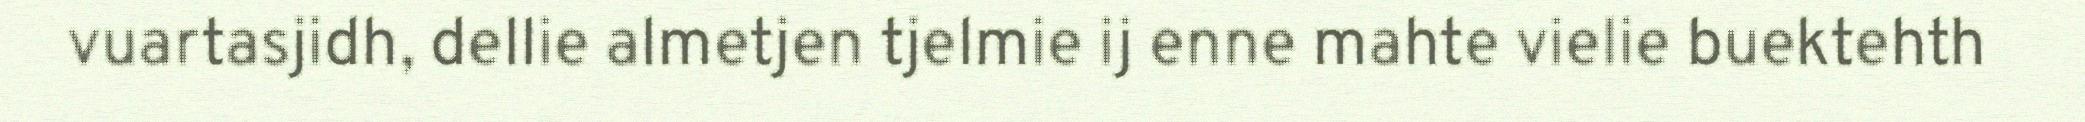
vuartasjidh, dellie almetjen tjelmie ij enne mahte vielie buektehth